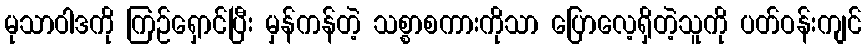
မုသာဝါဒကို ကြဉ်ရှောင်ပြီး မှန်ကန်တဲ့ သစ္စာစကားကိုသာ ပြောလေ့ရှိတဲ့သူကို ပတ်ဝန်းကျင်